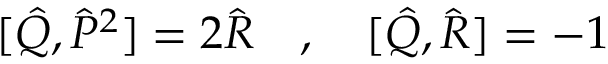
[ \hat { Q } , \hat { P } ^ { 2 } ] = 2 \hat { R } \quad , \quad [ \hat { Q } , \hat { R } ] = - 1